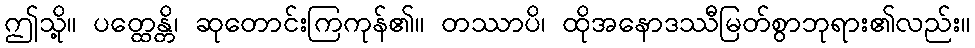
ဤသို့။ ပတ္ထေန္တိ၊ ဆုတောင်းကြကုန်၏။ တဿာပိ၊ ထိုအနောဒဿီမြတ်စွာဘုရား၏လည်း။